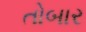
તોબાર